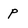
Character: p